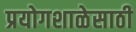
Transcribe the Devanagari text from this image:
प्रयोगशाळेसाठी